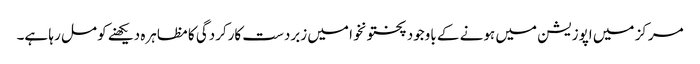
مرکز میں اپوزیشن میں ہونے کے باوجود پختونخوا میں زبردست کارکردگی کا مظاہرہ دیکھنے کو مل رہا ہے۔